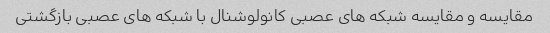
مقایسه و مقایسه شبکه های عصبی کانولوشنال با شبکه های عصبی بازگشتی